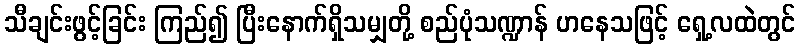
သီချင်းဖွင့်ခြင်း ကြည်၍ ပြီးနောက်ရှိသမျှတို့ စည်ပုံသဏ္ဍာန် ဟနေသဖြင့် ရှေ့လထဲတွင်